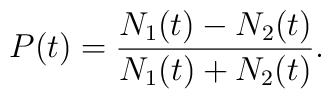
P(t)=\frac{N_{1}(t)-N_{2}(t)}{N_{1}(t)+N_{2}(t)}.